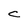
Character: C